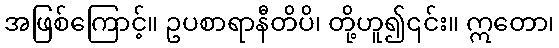
အဖြစ်ကြောင့်။ ဥပစာရာနီတိပိ၊ တို့ဟူ၍၎င်း။ ဣတော၊